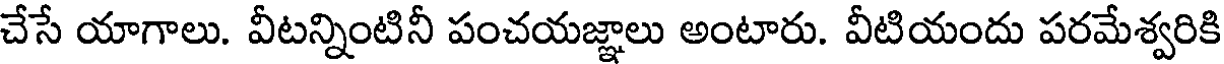
చేసే యాగాలు. వీటన్నింటినీ పంచయజ్ఞాలు అంటారు. వీటియందు పరమేశ్వరికి